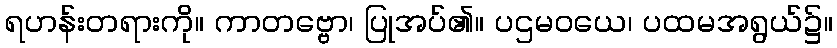
ရဟန်းတရားကို။ ကာတဗ္ဗော၊ ပြုအပ်၏။ ပဌမဝယေ၊ ပထမအရွယ်၌။